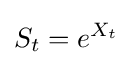
S_{t}=e^{X_{t}}